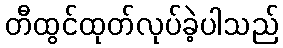
တီထွင်ထုတ်လုပ်ခဲ့ပါသည်